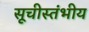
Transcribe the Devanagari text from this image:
सूचीस्तंभीय